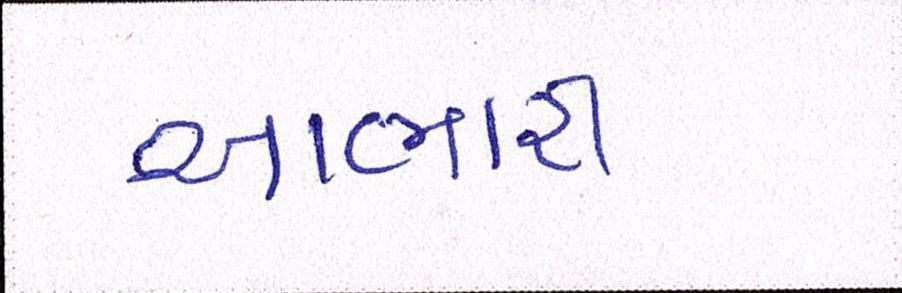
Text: આભારી